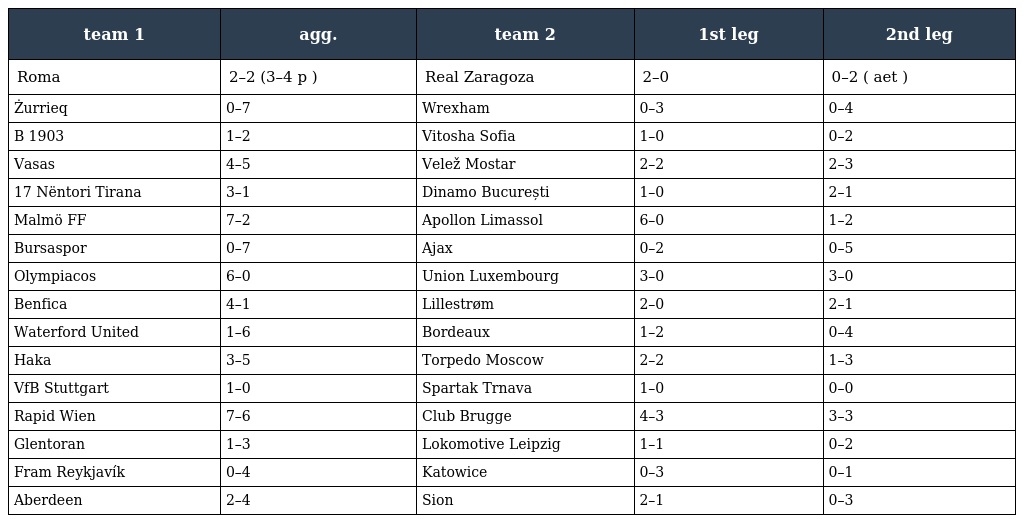
| team 1 | agg. | team 2 | 1st leg | 2nd leg |
 | --- | --- | --- | --- | --- |
 | Roma | 2–2 (3–4 p ) | Real Zaragoza | 2–0 | 0–2 ( aet ) |
 | Żurrieq | 0–7 | Wrexham | 0–3 | 0–4 |
 | B 1903 | 1–2 | Vitosha Sofia | 1–0 | 0–2 |
 | Vasas | 4–5 | Velež Mostar | 2–2 | 2–3 |
 | 17 Nëntori Tirana | 3–1 | Dinamo București | 1–0 | 2–1 |
 | Malmö FF | 7–2 | Apollon Limassol | 6–0 | 1–2 |
 | Bursaspor | 0–7 | Ajax | 0–2 | 0–5 |
 | Olympiacos | 6–0 | Union Luxembourg | 3–0 | 3–0 |
 | Benfica | 4–1 | Lillestrøm | 2–0 | 2–1 |
 | Waterford United | 1–6 | Bordeaux | 1–2 | 0–4 |
 | Haka | 3–5 | Torpedo Moscow | 2–2 | 1–3 |
 | VfB Stuttgart | 1–0 | Spartak Trnava | 1–0 | 0–0 |
 | Rapid Wien | 7–6 | Club Brugge | 4–3 | 3–3 |
 | Glentoran | 1–3 | Lokomotive Leipzig | 1–1 | 0–2 |
 | Fram Reykjavík | 0–4 | Katowice | 0–3 | 0–1 |
 | Aberdeen | 2–4 | Sion | 2–1 | 0–3 |